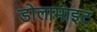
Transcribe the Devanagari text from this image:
डोलामाइट